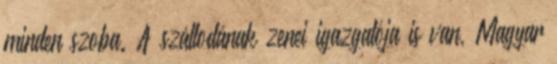
minden szoba. A szállodának zenei igazgatója is van, Magyar